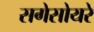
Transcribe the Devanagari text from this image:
सगेसोयरे